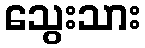
သွေးသား